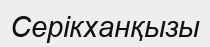
Серікханқызы